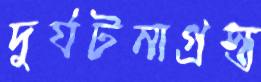
দুর্ঘটনাগ্রস্ত